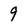
Character: 9